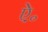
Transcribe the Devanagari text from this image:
ऐ॰